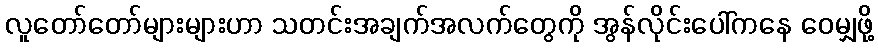
လူတော်တော်များများဟာ သတင်းအချက်အလက်တွေကို အွန်လိုင်းပေါ်ကနေ ဝေမျှဖို့